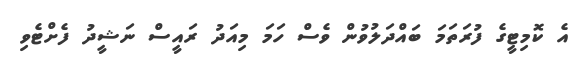
އެ ކޮމިޓީގެ ފުރަތަމަ ބައްދަލުވުން ވެސް ހަމަ މިއަދު ރައީސް ނަޝީދު ފެށްޓެވި